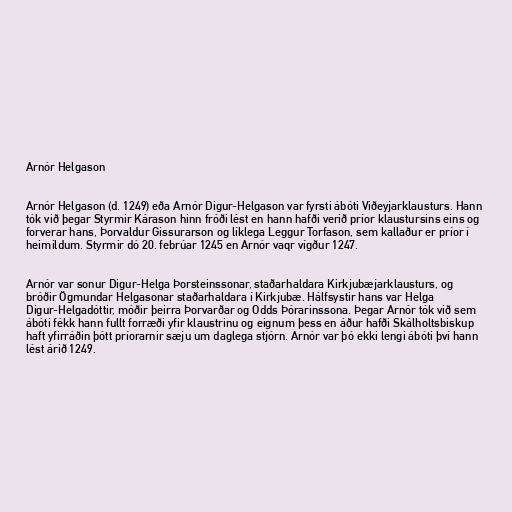
Arnór Helgason

Arnór Helgason (d. 1249) eða Arnór Digur-Helgason var fyrsti ábóti Viðeyjarklausturs. Hann
tók við þegar Styrmir Kárason hinn fróði lést en hann hafði verið príor klaustursins eins og
forverar hans, Þorvaldur Gissurarson og líklega Leggur Torfason, sem kallaður er príor í
heimildum. Styrmir dó 20. febrúar 1245 en Arnór vaqr vígður 1247.

Arnór var sonur Digur-Helga Þorsteinssonar, staðarhaldara Kirkjubæjarklausturs, og
bróðir Ögmundar Helgasonar staðarhaldara í Kirkjubæ. Hálfsystir hans var Helga
Digur-Helgadóttir, móðir þeirra Þorvarðar og Odds Þórarinssona. Þegar Arnór tók við sem
ábóti fékk hann fullt forræði yfir klaustrinu og eignum þess en áður hafði Skálholtsbiskup
haft yfirráðin þótt príorarnir sæju um daglega stjórn. Arnór var þó ekki lengi ábóti því hann
lést árið 1249.